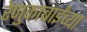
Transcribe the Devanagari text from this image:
रेणुकाबाईंच्या